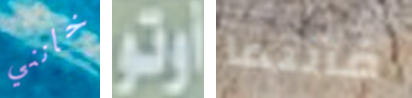
خانني أوتو فأنتما